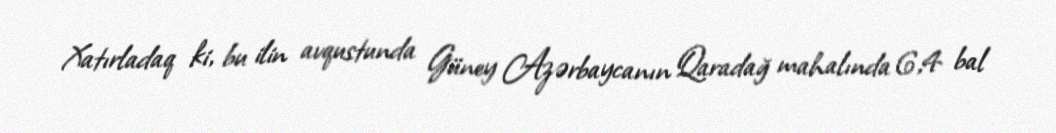
Xatırladaq ki, bu ilin avqustunda Güney Azərbaycanın Qaradağ mahalında 6,4 bal